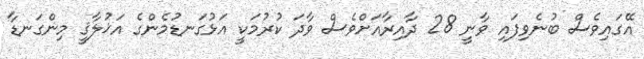
އޭގައިވެސް ބުނެވިފައި ވާނީ 28 ދާއިރާއަށްވެސް ވާދަ ކުރުމަކީ އަޅުގަނޑުމެންގެ އަޚުލާޤީ މިންގަނޑާ